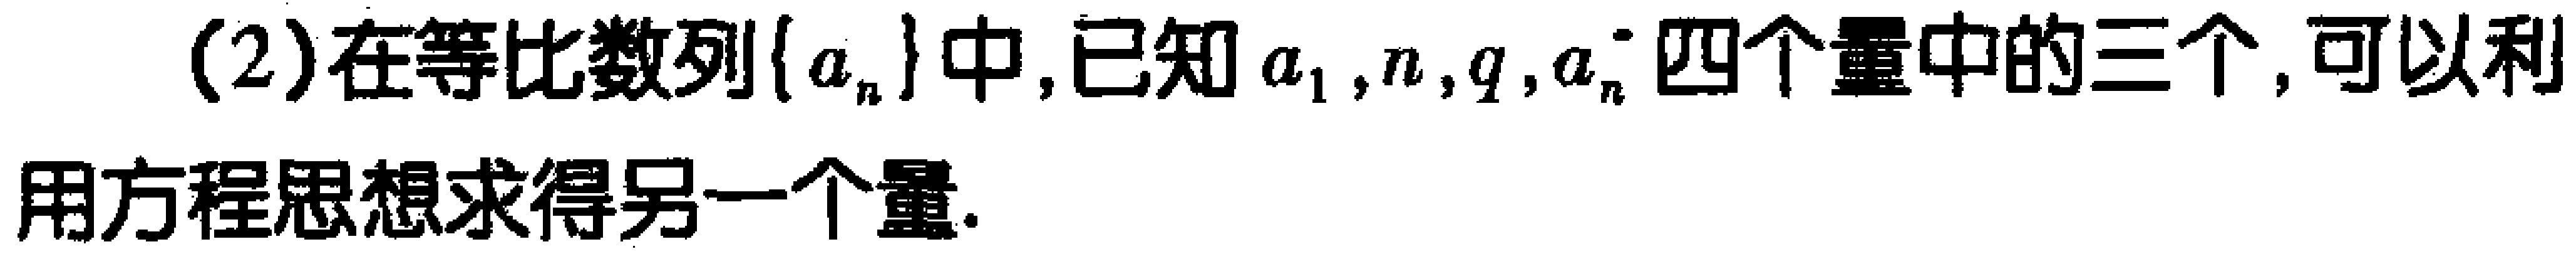
(2)在等比数列\(\{ a_{n}\}\)中,已知\(a_{1},n,q,a_{n}\)四个量中的三个,可以利用方程思想求得另一个量.